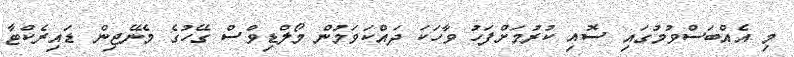
މި އެއްބަސްވުމުގައި ސޮއި ކުރުމަށްފަހު ވާހަކަ ދައްކަވަމުން މޯލްޑިވްސް ގޭހުގެ މެނޭޖިން ޑައިރެކްޓާ